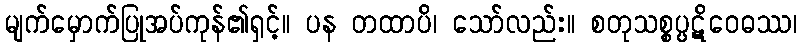
မျက်မှောက်ပြုအပ်ကုန်၏ရှင့်။ ပန တထာပိ၊ သော်လည်း။ စတုသစ္စပ္ပဋိဝေဓဿ၊